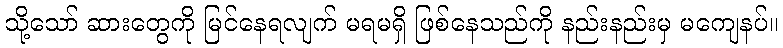
သို့သော် ဆားတွေကို မြင်နေရလျက် မရမရှိ ဖြစ်နေသည်ကို နည်းနည်းမှ မကျေနပ်။